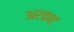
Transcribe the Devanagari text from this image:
अरकाट